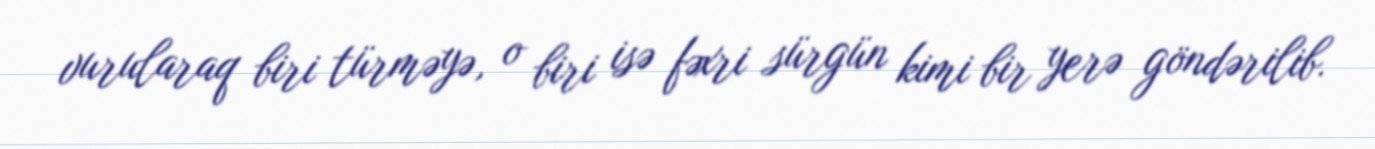
vurularaq biri türməyə, o biri isə fəxri sürgün kimi bir yerə göndərilib.